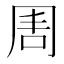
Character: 𠕛